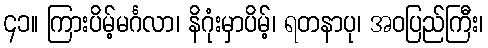
၄၁။ ကြားပိမ့်မင်္ဂလာ၊ နိဂုံးမှာပိမ့်၊ ရတနာပု၊ အဝပြည်ကြီး၊